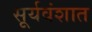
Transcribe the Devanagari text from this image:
सूर्यवंशात